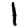
Digit: 1